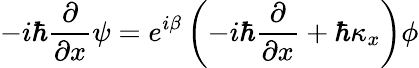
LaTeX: -i\hbar\frac{\partial}{\partial x}\psi=e^{i\beta}\left(-i\hbar\frac{\partial}{\partial x}+\hbar\kappa_{x}\right)\phi